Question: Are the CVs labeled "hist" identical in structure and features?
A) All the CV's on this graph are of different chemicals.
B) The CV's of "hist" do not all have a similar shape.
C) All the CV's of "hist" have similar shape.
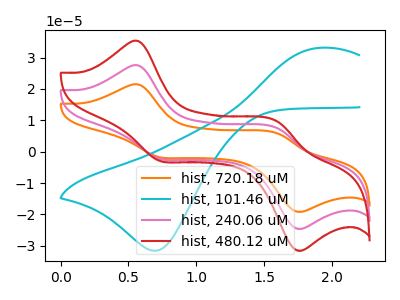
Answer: <think>The orange curve "hist, 720.18 uM" has anodic peaks at (0.55V, 55.00uA) (1.60V, 15.05uA) and cathodic peaks at (0.75V, -4.55uA) (1.75V, -48.85uA). The cyan curve "hist, 101.46 uM" has an anodic peak at (1.90V, 33.10uA) and a cathodic peak at (0.70V, -31.60uA). The pink curve "hist, 240.06 uM" has anodic peaks at (0.55V, 27.50uA) (1.60V, 7.50uA) and cathodic peaks at (0.75V, -2.25uA) (1.75V, -24.45uA). The red curve "hist, 480.12 uM" has anodic peaks at (0.55V, 35.25uA) (1.60V, 9.65uA) and cathodic peaks at (0.75V, -2.90uA) (1.75V, -31.35uA).
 "hist, 720.18 uM" and "hist, 101.46 uM" have a different number of peaks. All the peaks in "hist, 720.18 uM" have a peak in "hist, 240.06 uM" at the same potential. Every peak in "hist, 720.18 uM" is higher than every peak in "hist, 240.06 uM". All the peaks in "hist, 720.18 uM" have a peak in "hist, 480.12 uM" at the same potential. Every peak in "hist, 720.18 uM" is higher than every peak in "hist, 480.12 uM". "hist, 101.46 uM" and "hist, 240.06 uM" have a different number of peaks. "hist, 101.46 uM" and "hist, 480.12 uM" have a different number of peaks. All the peaks in "hist, 240.06 uM" have a peak in "hist, 480.12 uM" at the same potential. Every peak in "hist, 240.06 uM" is lower than every peak in "hist, 480.12 uM".</think>
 <answer>C) All the CV's of "hist" have similar shape.</answer>
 <eval>C</eval>